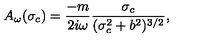
A _ { \omega } ( \sigma _ { c } ) = \frac { - m } { 2 i \omega } \frac { \sigma _ { c } } { ( \sigma _ { c } ^ { 2 } + b ^ { 2 } ) ^ { 3 / 2 } } ,